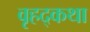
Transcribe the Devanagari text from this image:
वृहद्कथा